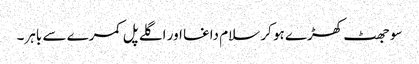
سو جھٹ کھڑے ہو کر سلام داغا اور اگلے پل کمرے سے باہر۔